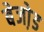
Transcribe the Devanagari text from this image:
बेजो़ड